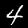
Digit: 4